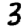
Digit: 3